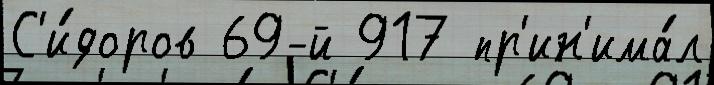
С'и́доров 69-й 917 пр'ин'има́л